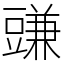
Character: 豏